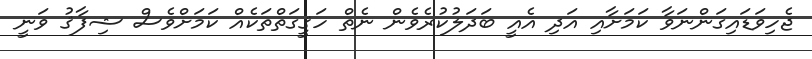
ޖެހިވަޑައިގަންނަވާ ކަމަށާއި އަދި އެއީ ބަދަލުކުރެވެން ނެތް ހަޤީގަތްތަކެއް ކަމަށްވެސް ޝިފާޤު ވަނީ